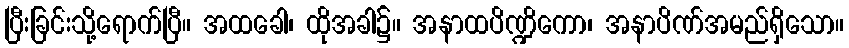
ပြီးခြင်းသို့ရောက်ပြီ။ အထခေါ၊ ထိုအခါ၌။ အနာထပိဏ္ဍိကော၊ အနာပိဏ်အမည်ရှိသော။